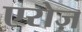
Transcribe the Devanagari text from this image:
एरोज़